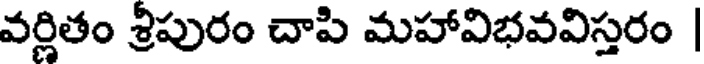
వర్ణితం శ్రీపురం చాపి మహావిభవవిస్తరం |